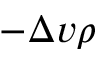
- \Delta v \rho